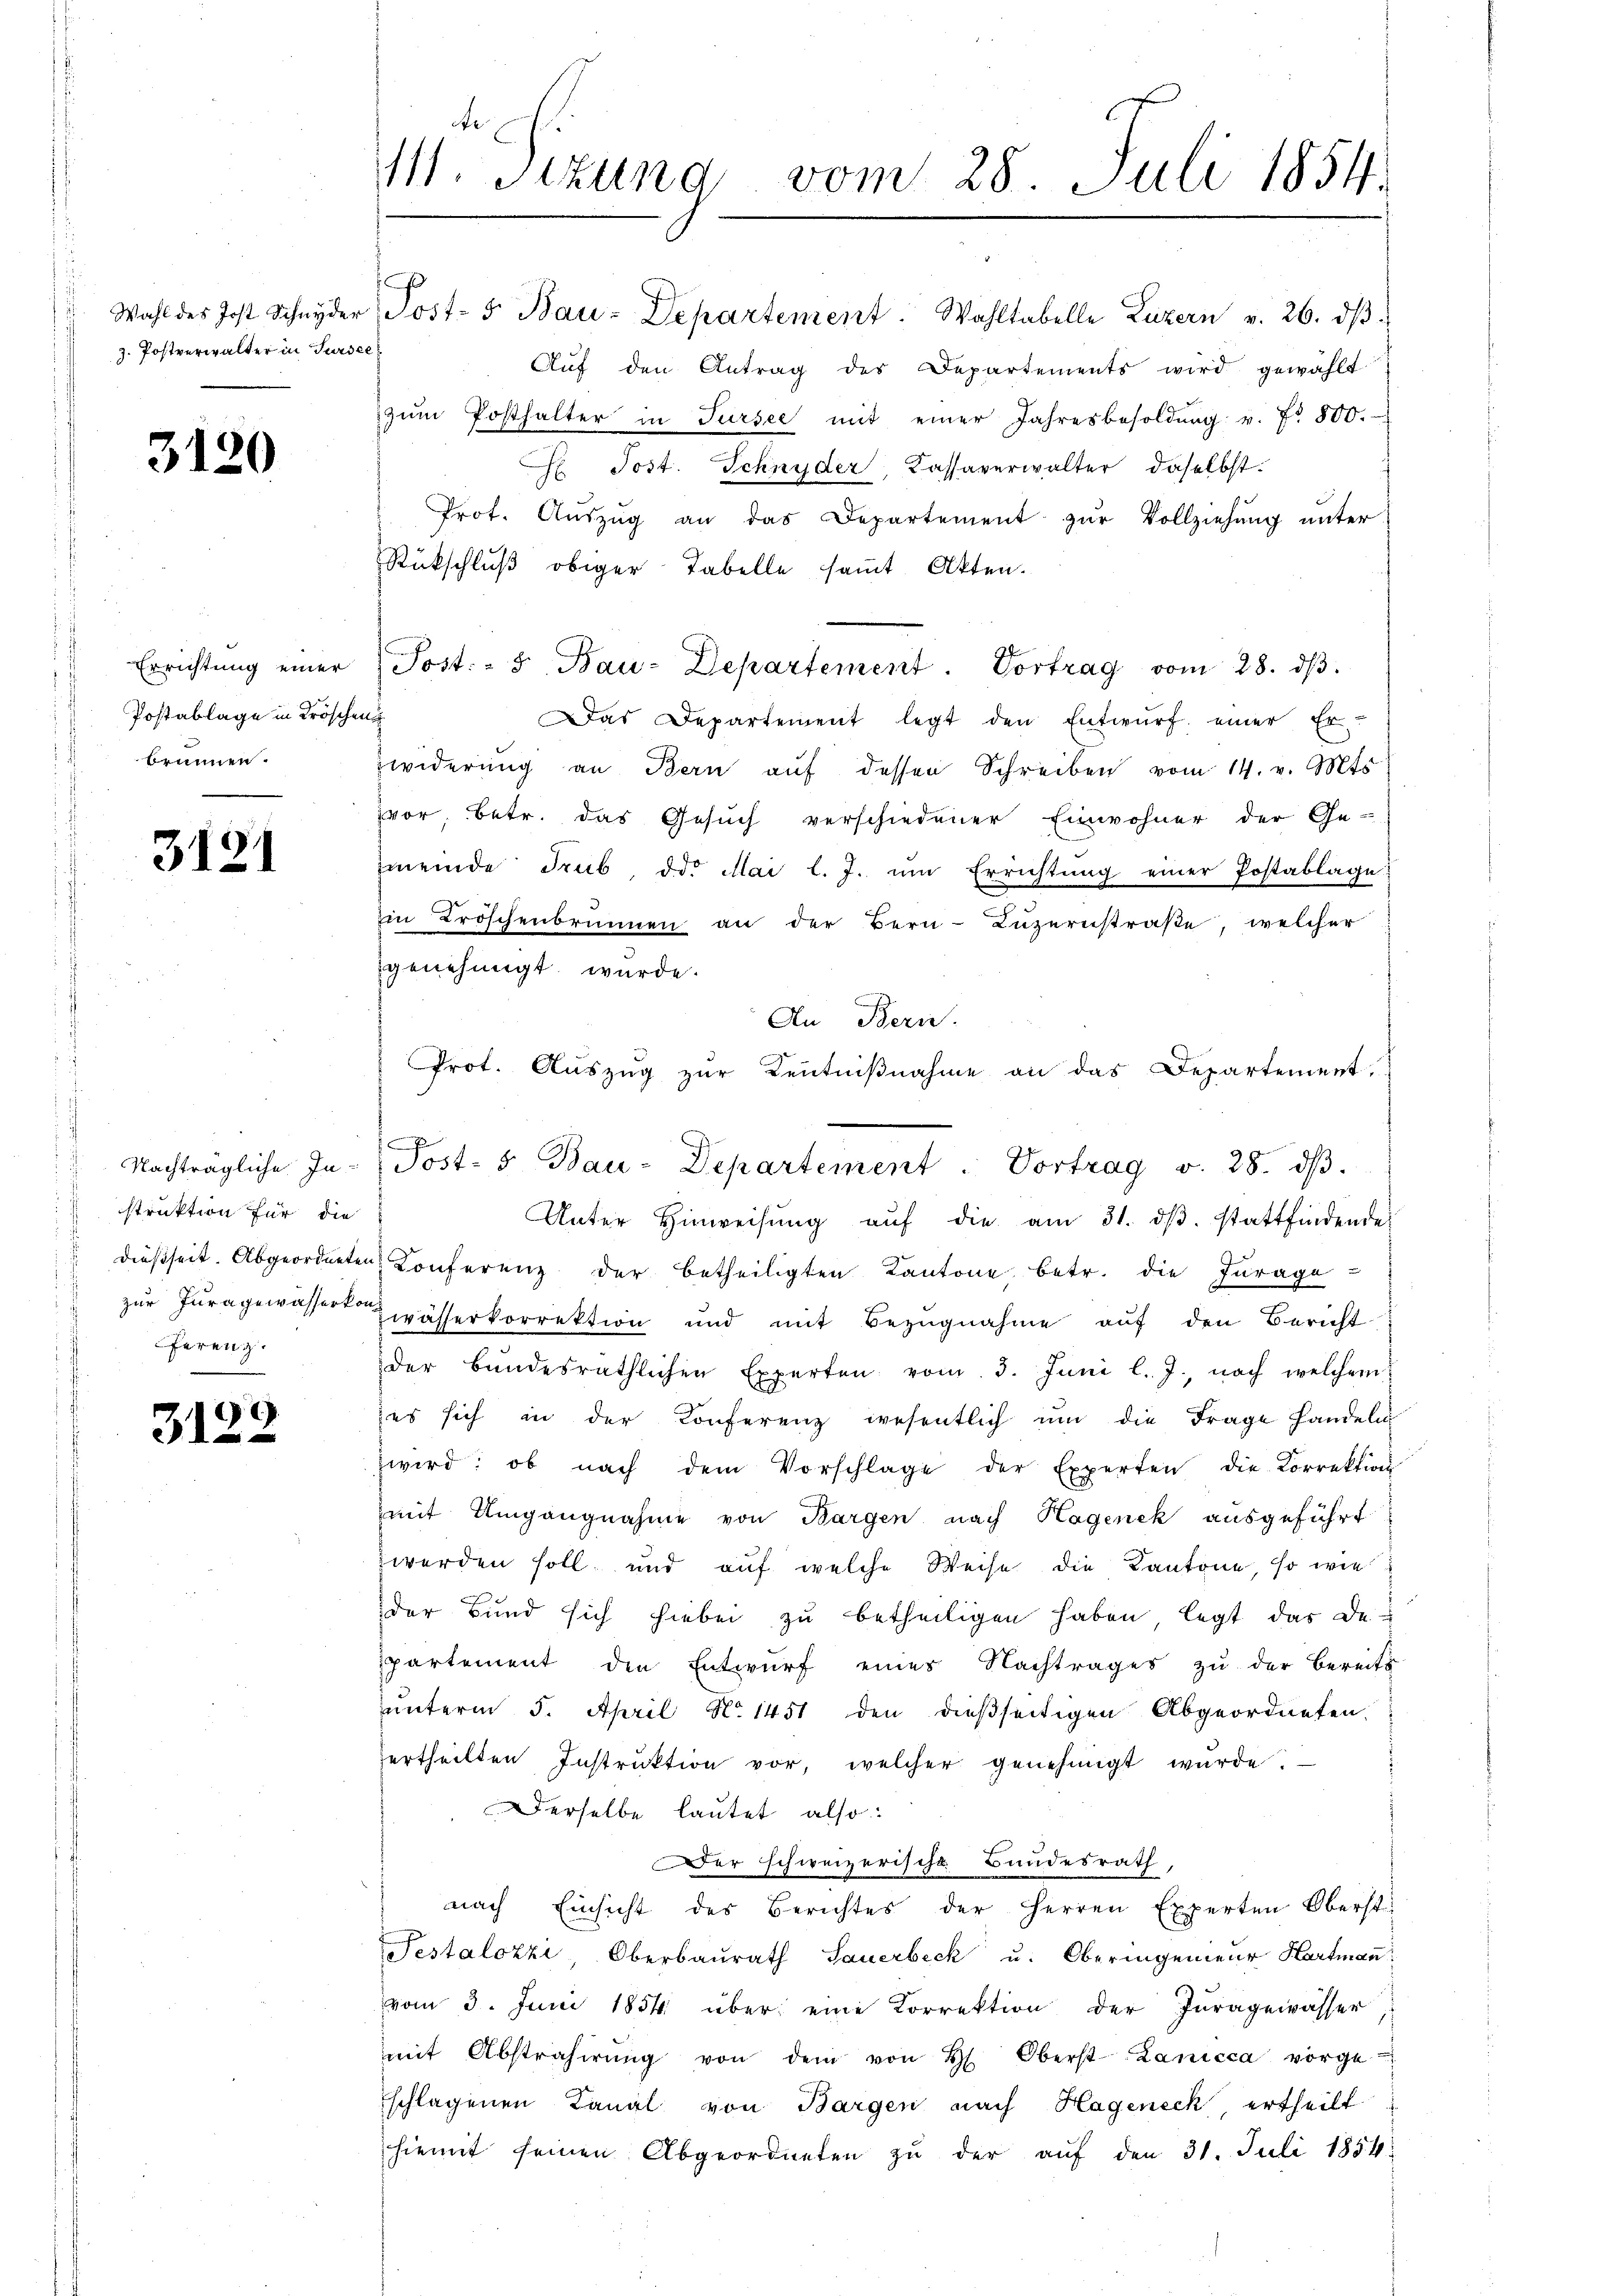
z. Postverwalter in Sursee

3120

Postablage in Kröschen
Brunnen.

3121

struktion für die
ferenz.

31

)

te
111. Sitzung vom 28. Juli 1854.

Wahl des Jost Schnyder Post- & Bau-Departement. Wahltabelle Luzern v. 26. dβ
Aŭf den Antrag des Departements wird gewählt
zŭm Posthalter in Sursee mit einer Jahresbesoldŭng v. fr. 800.
H. Post. Schnyder, Kassaverwalter daselbst.
Prot. Aŭszŭg an das Departement zŭr Vollziehung unter
Rückschluß obiger Tabelle samt Akten.
77
Errichtŭng einer Post. - 5. Bau-Departement. Vortrag vom 28. dβ.
Das Departement legt den Entwŭrf einer Er-
Zwiderung an Bern auf dessen Schreiben vom 14. v. Mts.
vor, betr. das Gesuch verschiedener Einwohner der Ge-
mmeinde Trub, d. Mai l. J. ŭm Errichtŭng einer Postablage:
in Broschenbrunnen an der Bern-Luzernstraße, welcher
genehmigt wurde.
An Bern.
Prot. Aŭszŭg zŭr Kenntniβnahme an das Departement.
.
E
Unter Hinweisŭng aŭf die am 31. dβ. stattfindende
dießseit. Abgeordneten Konferenz der betheiligten Kantone, betr. die Jurage
zur Juragewässerta wässerkorrektion und mit Bezugnahme auf den Bericht
der Bŭndesräthlichen Experten vom 3. Juni l. J., nach welchem
es sich in der Konferenz wesentlich ŭm die Frage handeln
wird: ob nach dem Vorschlage der Experten die Korrektion
mit Umgangnahme von Bargen nach Hagenek ausgeführt
werden soll und auf welche Weise die Kantone, so wie
der Bund sich hiebei zu betheiligen haben, legt das De-
partement den Entwurf eines Nachtrages zu der bereits
ŭnterm 5. April No 1451 den dießseitigen Abgeordneten.
ertheilten Instrŭktion vor, welcher genehmigt wŭrde.
Derselbe lautet also:
Der schweizerische Bundesrath,
nach Einsicht des Berichtes der Herren Experten Oberst
Testalozzi, Oberbaŭrath Sauerbeck u. Oberingenieŭr Hartmaṅ
vom 3. Juni 1854 über eine Korrektion der Juragewässer
mit Abstrahirŭng von dem von H. Oberst Lanicca vorge-
schlagenen Canal von Bargen nach Hageneck, ertheilt
hiemit seinen Abgeordneten zŭ der aŭf den 31. Juli 1854.

Nachträgliche In-Post- & Bau-Departement. Vortrag v. 28. dβ.